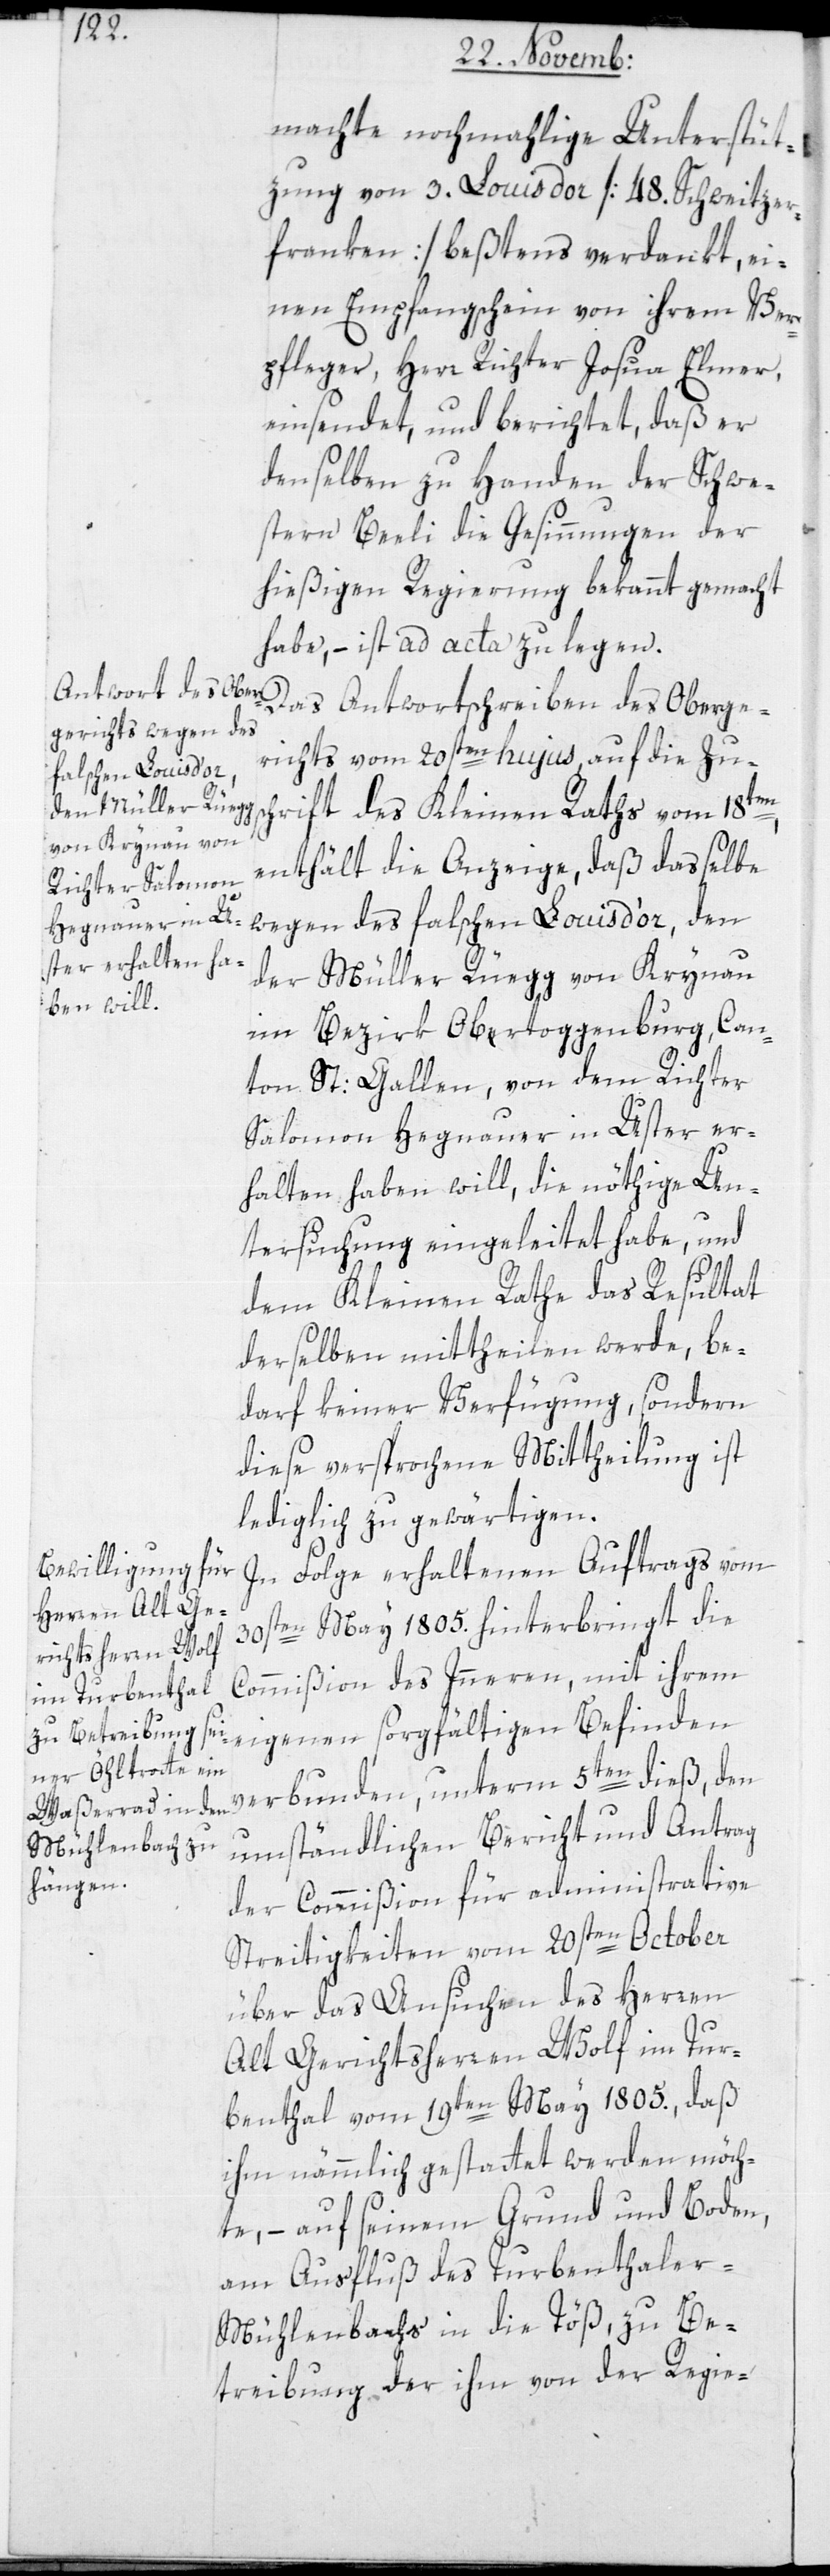
machte nochmahlige Unterstüt¬
zung von 3. Louisdor [48. Schweitzer¬
franken] beßtens verdankt, ei¬
nen Empfangsschein von ihrem Ver¬
pfleger, Herr Richter Josua Elmer,
einsendet, und berichtet, daß er
denselben zu Handen der Schwe¬
stern Beeli die Gesinnungen der
hießigen Regierung bekannt gemacht
habe, – ist ad acta zu legen.
Das Antwortschreiben des Oberge¬
richts vom 20sten hujus auf die Zus¬
chrift des Kleinen Raths vom 18ten,
enthält die Anzeige, daß daßelbe
wegen des falschen Louis d’or, den
der Müller Rüegg von Krynau
im Bezirk Obertoggenburg, Can¬
ton St: Gallen, von dem Richter
Salomon Hegnauer in Uster er¬
halten haben will, die nöthige Un¬
tersuchung eingeleitet habe, und
dem Kleinen Rathe das Resultat
derselben mittheilen werde, be¬
darf keiner Verfügung, sondern
diese versprochene Mittheilung ist
lediglich zu gewärtigen.
In Folge erhaltenen Auftrags vom
30sten May 1805. hinterbringt die
Commißion des Inneren, mit ihrem
eigenen sorgfältigen Befinden
verbunden, unterm 5ten dieß, den
umständlichen Bericht und Antrag
der Commißion für administrative
Streitigkeiten vom 20sten October
über das Ansuchen des Herren
Alt Gerichtsherren Wolf im Tur¬
benthal vom 19ten May 1805., daß
ihm nämmlich gestattet werden möch¬
te, – auf seinem Grund und Boden,
am Ausfluß des Turbenthale¬
r-Mühlenbachs in die Töß, zu Be¬
treibung der ihm von der Regie-